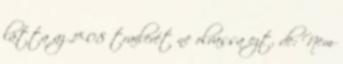
látta az 1×08 trailerét ne olvassa ezt, de: Nem